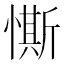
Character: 𢠹